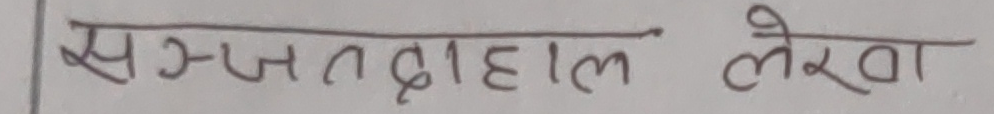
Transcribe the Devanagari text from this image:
समग्र हाल लेखा